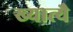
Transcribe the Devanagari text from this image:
ख्यात्यै